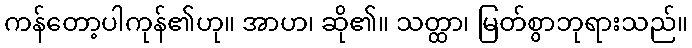
ကန်တော့ပါကုန်၏ဟု။ အာဟ၊ ဆို၏။ သတ္ထာ၊ မြတ်စွာဘုရားသည်။